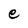
Character: e